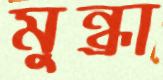
মুন্ধ্রা